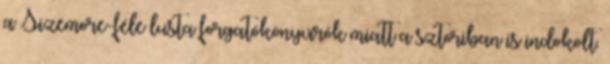
a Sizemore-féle lusta forgatókönyvírók miatt a sztoriban is indokolt.